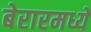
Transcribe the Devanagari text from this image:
बेरारमध्ये